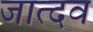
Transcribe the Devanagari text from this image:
जात्दव